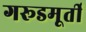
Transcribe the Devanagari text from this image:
गरूडमूर्ती